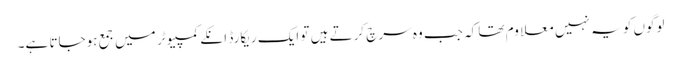
لوگوں کو یہ نہیں معلاوم تھا کہ جب وہ سرچ کرتے ہیں تو ایک ریکارڈ انکے کمپیوٹر میں جمع ہوجاتا ہے۔